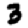
Digit: 3